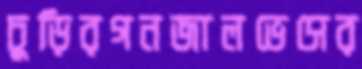
চুড়িরগনজালভেসের